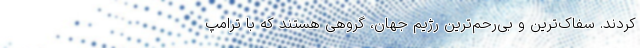
کردند. سفاک‌ترین و بی‌رحم‌ترین رژیم جهان، گروهی هستند که با ترامپ